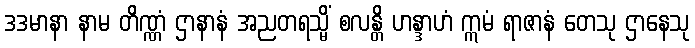
ဒဒမာနာ နာမ တိဏ္ဏံ ဌာနာနံ အညတရသ္မိံ စလန္တိ ဟန္ဒာဟံ ဣမံ ရာဇာနံ တေသု ဌာနေသု